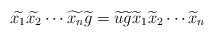
LaTeX: \begin{align*} \widetilde{x_1}\widetilde{x_2}\cdots \widetilde{x_n}\widetilde{g}&=\widetilde{u}\widetilde{g}\widetilde{x}_1\widetilde x_2 \cdots \widetilde x_n\end{align*}